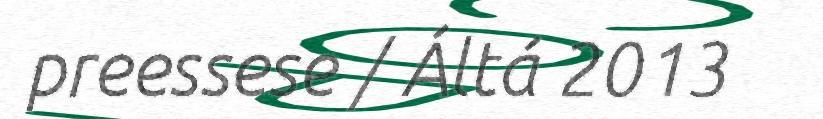
preessese / Áltá 2013